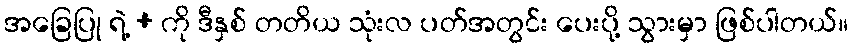
အခြေပြု ရဲ့ + ကို ဒီနှစ် တတိယ သုံးလ ပတ်အတွင်း ပေးပို့ သွားမှာ ဖြစ်ပါတယ်။